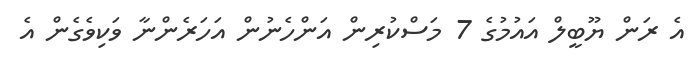
އެ ރަން ޔޫބީލް އައުމުގެ 7 މަސްކުރިން އަންހެނުން އަހަރެންނާ ވަކިވެގެން އެ